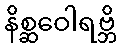
နိစ္ဆဝေါရဗ္ဘိ